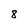
Character: 8